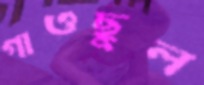
গাওছুল